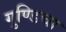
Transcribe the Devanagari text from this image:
गुण्डिचा